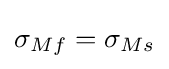
\sigma _{Mf}=\sigma _{Ms}